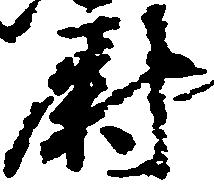
尉